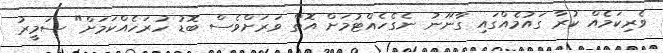
ވެރިކަމެއް ކުރާ ގައުމެއްގައި ގާނޫނު ނެގެހެއްޓުމަށް އޮތް ވަރަށްވެސް ބޮޑު ހުރަހެއްކަމަށް" ސަމީރު